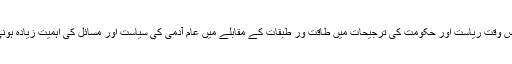
کیونکہ اس وقت ریاست اور حکومت کی ترجیحات میں طاقت ور طبقات کے مقابلے میں عام آدمی کی سیاست اور مسائل کی اہمیت زیادہ ہونی چاہیے۔